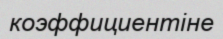
коэффициентіне